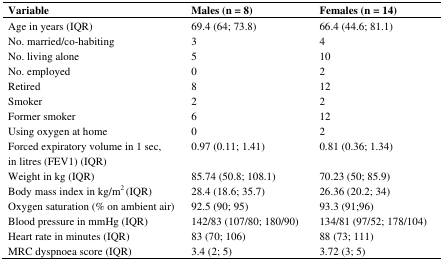
| Variable | Males (n = 8) | Females (n = 14) |
 | --- | --- | --- |
 | Age in years (IQR) | 69.4 (64; 73.8) | 66.4 (44.6; 81.1) |
 | No. married/co-habiting | 3 | 4 |
 | No. living alone | 5 | 10 |
 | No. employed | 0 | 2 |
 | Retired | 8 | 12 |
 | Smoker | 2 | 2 |
 | Former smoker | 6 | 12 |
 | Using oxygen at home | 0 | 2 |
 | Forced expiratory volume in 1 sec, in litres (FEV1) (IQR) | 0.97 (0.11; 1.41) | 0.81 (0.36; 1.34) |
 | Weight in kg (IQR) | 85.74 (50.8; 108.1) | 70.23 (50; 85.9) |
 | Body mass index in kg/m2 (IQR) | 28.4 (18.6; 35.7) | 26.36 (20.2; 34) |
 | Oxygen saturation (% on ambient air) | 92.5 (90; 95) | 93.3 (91;96) |
 | Blood pressure in mmHg (IQR) | 142/83 (107/80; 180/90) | 134/81 (97/52; 178/104) |
 | Heart rate in minutes (IQR) | 83 (70; 106) | 88 (73; 111) |
 | MRC dyspnoea score (IQR) | 3.4 (2; 5) | 3.72 (3; 5) |